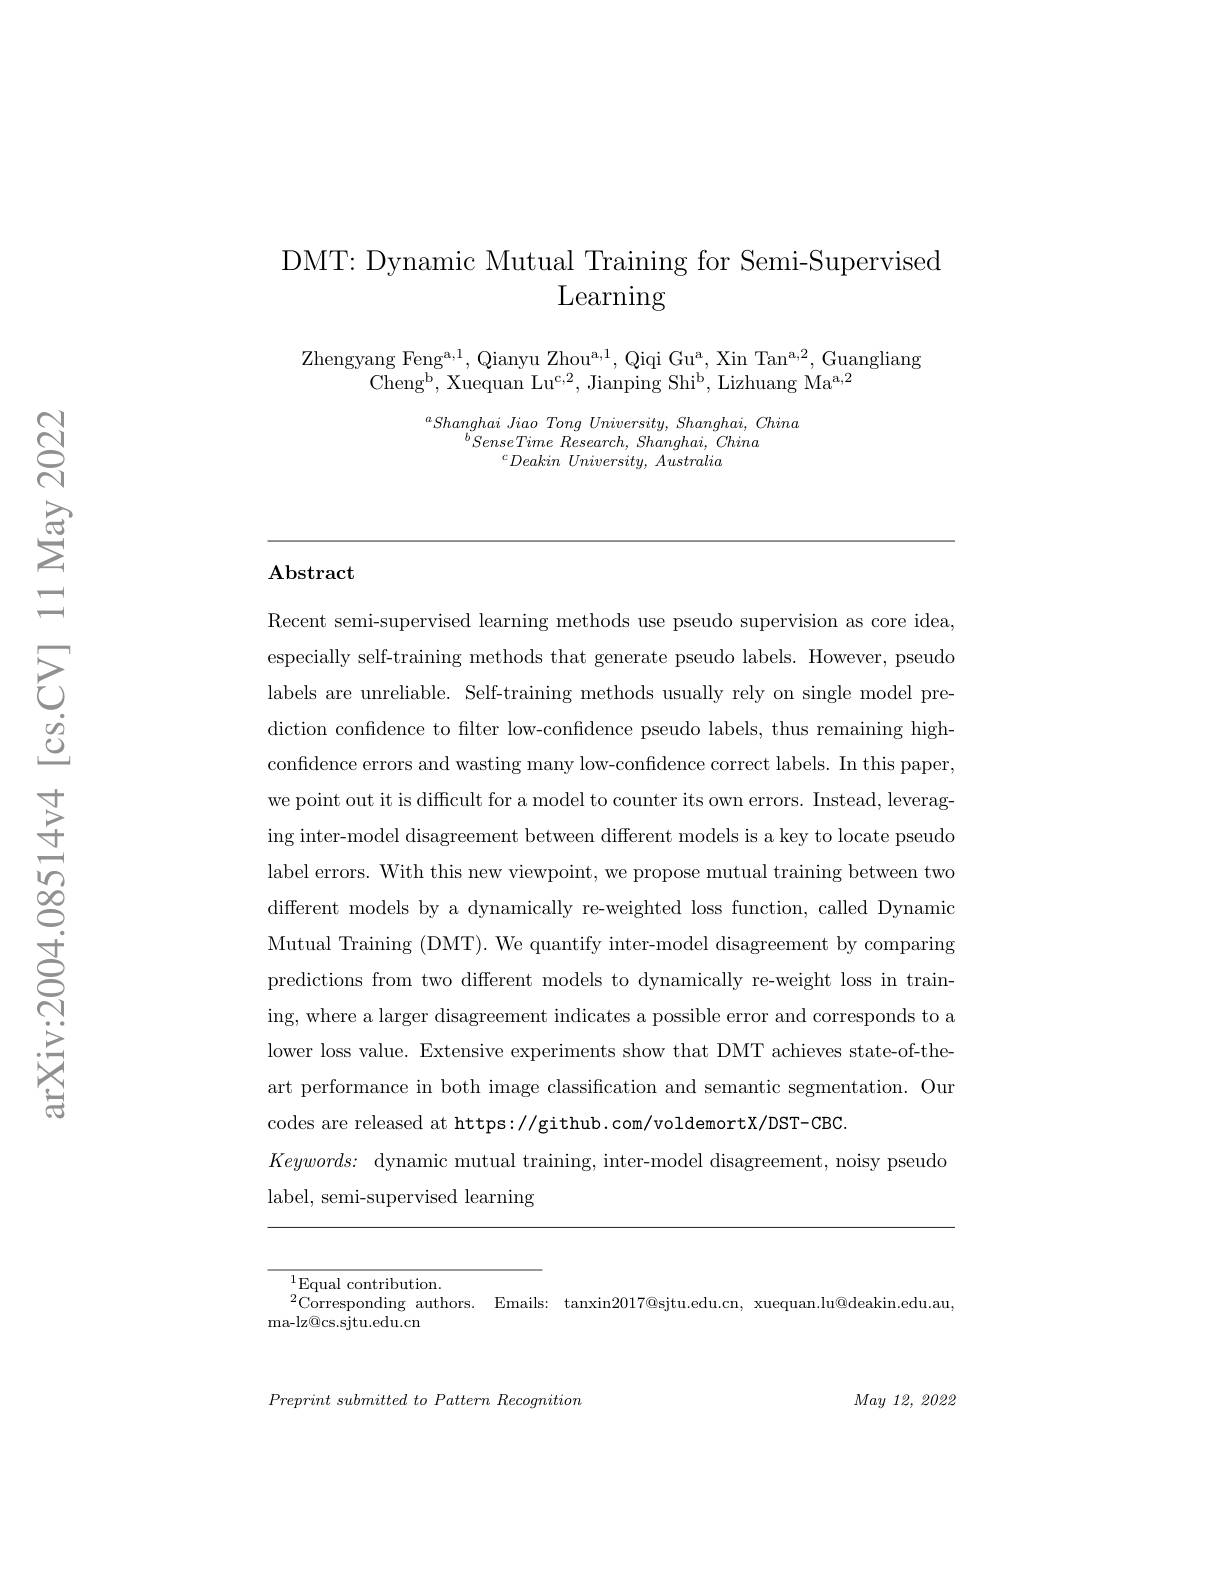
### DMT: Dynamic Mutual Training for Semi-Supervised Learning

Zhengyang Fen$g^{a, 1}$, Qianyu Zho$u^{a, 1}$, Qiqi G$u^{a}$, Xin Ta$n^{a, 2}$, Guangliang
Cheng$^{\mathrm{b}}$,Xuequan Lu$^{\mathrm{c},2}$,Jianping Shi$^{\mathrm{b}}$,Lizhuang Ma$^{\mathrm{a},2}$

$^aShanghai\textit{ Jiao Tong University, Shanghai, China}$
$^{b}SenseTime$ $Research$, $Shanghai$, China
$^cDeakin\textit{ University, Australia}$

$\mathbf{Abstract}$

Recent semi-supervised learning methods use pseudo supervision as core idea, especially self-training methods that generate pseudo labels. However, pseudo labels are unreliable. Self-training methods usually rely on single model prediction confidence to filter low-confidence pseudo labels, thus remaining highconfidence errors and wasting many low-confidence correct labels. In this paper, we point out it is difficult for a model to counter its own errors. Instead, leveraging inter-model disagreement between different models is a key to locate pseudo label errors. With this new viewpoint, we propose mutual training between two different models by a dynamically re-weighted loss function, called Dynamic Mutual Training (DMT). We quantify inter-model disagreement by comparing predictions from two different models to dynamically re-weight loss in training, where a larger disagreement indicates a possible error and corresponds to a lower loss value. Extensive experiments show that DMT achieves state-of-theart performance in both image classification and semantic segmentation. Our codes are released at https://github.com/voldemortX/DST-CBC.
$Keywords:$ dynamic mutual training, inter-model disagreement, noisy pseuddo
label, semi-supervised learning

$^{1}$Equal contribution.
$^{2}$Corresponding authors. Emails: tanxin$2017@$sjtu.edu.cn, xuequan.lu@deakin.edu.au,
ma- lz@ cs. sjtu. edu. cn

$May\textit{12,  2022}$

$Preprint\textit{ submitted to Pattern Recognition}$